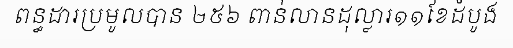
ពន្ធដារប្រមូលបាន ២៥៦ ពាន់លានដុល្លារ១១ខែដំបូង